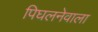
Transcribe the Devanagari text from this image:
पिघलनेवाला